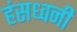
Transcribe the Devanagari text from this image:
हंसध्वनी